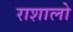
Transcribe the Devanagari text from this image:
राशालो